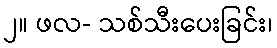
၂။ ဖလ- သစ်သီးပေးခြင်း၊